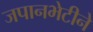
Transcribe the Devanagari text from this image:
जपानभेटीने